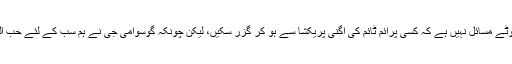
سوال جو میرے حساب سے بے مطلب کے ہوتے ہیں، کیونکہ سفارت کاری (اور ڈیزاسٹر مینجمنٹ) اتنے چھوٹے مسائل نہیں ہے کہ کسی پرائم ٹائم کی اگنی پریکشا سے ہو کر گزر سکیں، لیکن چونکہ گوسوامی جی نے ہم سب کے لئے حب الوطنی کے اصول طے کر رکھے ہیں، تو پھر یہی معیار وہ حکومت کے لئے کیوں نہیں طے کر پا رہے ہیں؟